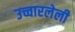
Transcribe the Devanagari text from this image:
उच्चारलेली